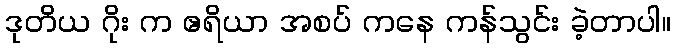
ဒုတိယ ဂိုး က ဧရိယာ အစပ် ကနေ ကန်သွင်း ခဲ့တာပါ။